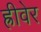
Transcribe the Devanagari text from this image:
ह्रीवेर